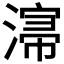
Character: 𣼡